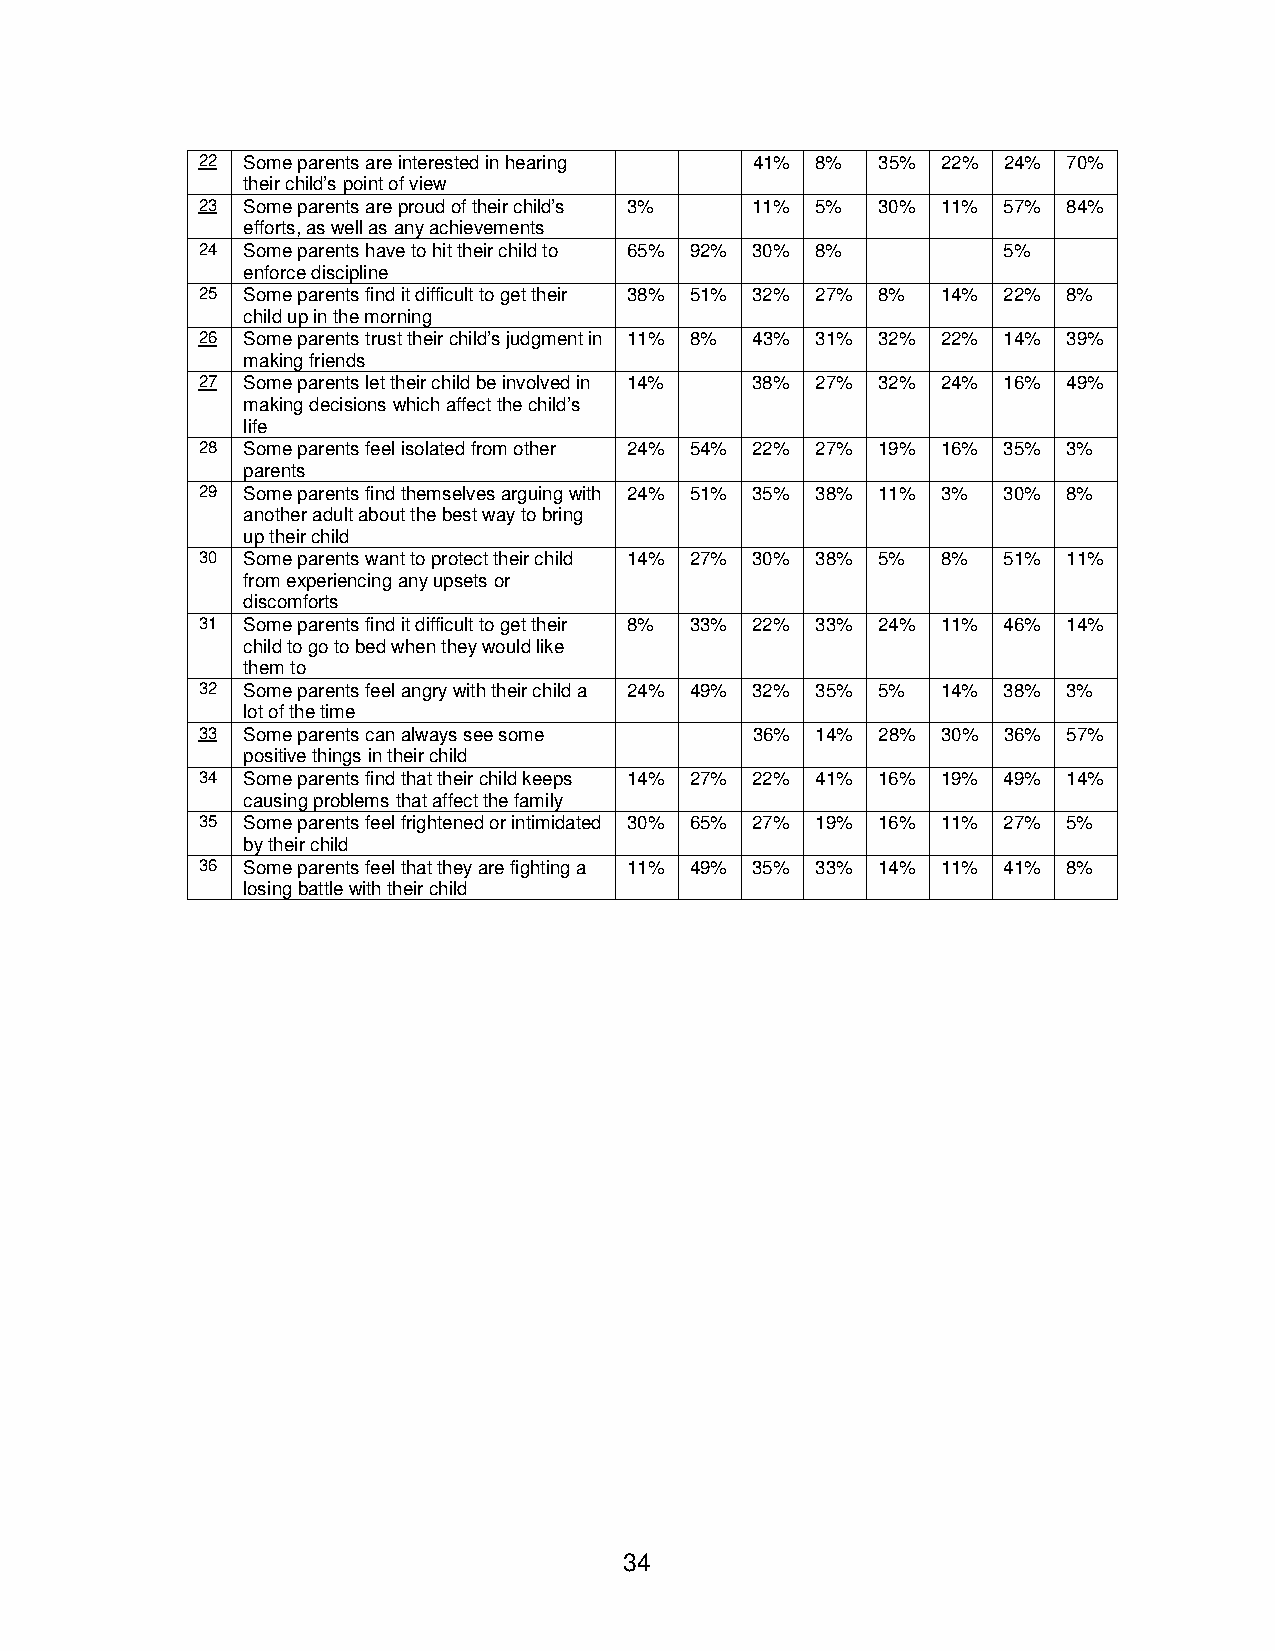
22 Some parents are interested in hearing 41% 8% 35% 22% 24% 70%
 their child’s point of view
 23 Some parents are proud of their child’s 3% 11% 5% 30% 11% 57% 84%
 efforts, as well as any achievements
 24 Some parents have to hit their child to 65% 92% 30% 8% 5%
 enforce discipline
 25 Some parents find it difficult to get their 38% 51% 32% 27% 8% 14% 22% 8%
 child up in the morning
 26 Some parents trust their child’s judgment in 11% 8% 43% 31% 32% 22% 14% 39%
 making friends
 27 Some parents let their child be involved in 14% 38% 27% 32% 24% 16% 49%
 making decisions which affect the child’s
 life
 28 Some parents feel isolated from other 24% 54% 22% 27% 19% 16% 35% 3%
 parents
 29 Some parents find themselves arguing with 24% 51% 35% 38% 11% 3% 30% 8%
 another adult about the best way to bring
 up their child
 30 Some parents want to protect their child 14% 27% 30% 38% 5% 8% 51% 11%
 from experiencing any upsets or
 discomforts
 31 Some parents find it difficult to get their 8% 33% 22% 33% 24% 11% 46% 14%
 child to go to bed when they would like
 them to
 32 Some parents feel angry with their child a 24% 49% 32% 35% 5% 14% 38% 3%
 lot of the time
 33 Some parents can always see some  36% 14% 28% 30% 36%  57%
 positive things in their child
 34 Some parents find that their child keeps 14% 27% 22% 41% 16% 19% 49% 14%
 causing problems that affect the family
 35 Some parents feel frightened or intimidated 30% 65% 27% 19% 16% 11% 27% 5%
 by their child
 36 Some parents feel that they are fighting a 11% 49% 35% 33% 14% 11% 41% 8%
 losing battle with their child
 34